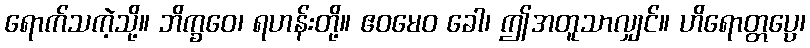
ရောက်သကဲ့သို့။ ဘိက္ခဝေ၊ ရဟန်းတို့။ ဧဝမေဝ ခေါ၊ ဤအတူသာလျှင်။ ဟိရောတ္တပ္ပေ၊